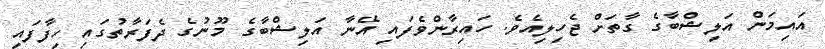
އައިމަން އަލިޝްބާގެ ގާތަށް ޖެހިލިއެވެ. ހައިރާންވެފައި އޭނާ އަލިޝްބާގެ މޫނުގެ ދެފަރާތުގައި ހިފާފައި